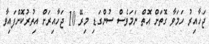
ޖަހާއިރު ހަމަވާ ގޮތަށް އޮތް ނަމަވެސް ސުންގަޑި މިރޭ 10 ޖަހާއިރަށް އިތުރުކޮށްފައިވާ